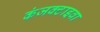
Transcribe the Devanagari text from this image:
कंजक्टाइवा